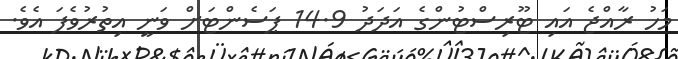
މަހު ރާއްޖެ އައި ޓޫރިސްޓުންގެ އަދަދު 14.9 ޕަސެންޓަށް ވަނީ އިތުރުވެފަ އެވެ.